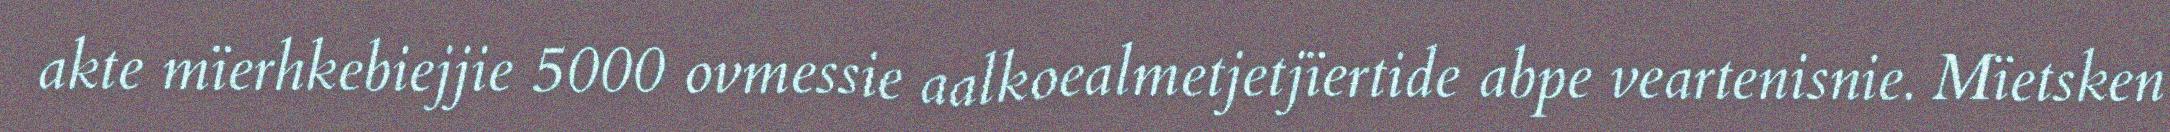
akte mïerhkebiejjie 5000 ovmessie aalkoealmetjetjïertide abpe veartenisnie. Mïetsken